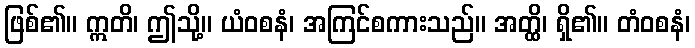
ဖြစ်၏။ ဣတိ၊ ဤသို့။ ယံဝစနံ၊ အကြင်စကားသည်။ အတ္ထိ၊ ရှိ၏။ တံဝစနံ၊